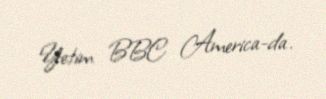
Yetim BBC America-da.